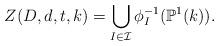
LaTeX: \begin{align*}Z(D,d,t,k)=\bigcup_{I\in \mathcal{I}}\phi_I^{-1}(\mathbb{P}^1(k)).\end{align*}